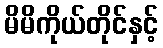
မိမိကိုယ်တိုင်နှင့်